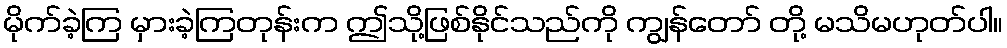
မိုက်ခဲ့ကြ မှားခဲ့ကြတုန်းက ဤသို့ဖြစ်နိုင်သည်ကို ကျွန်တော် တို့ မသိမဟုတ်ပါ။